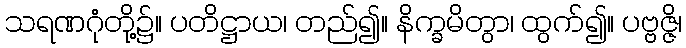
သရဏဂုံတို့၌။ ပတိဋ္ဌာယ၊ တည်၍။ နိက္ခမိတွာ၊ ထွက်၍။ ပဗ္ဗဇ္ဇိ၊